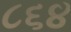
૮૬૪